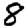
Digit: 8